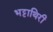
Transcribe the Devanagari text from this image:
भट्टाथिरी